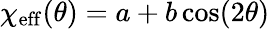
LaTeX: \chi_{\mathrm{eff}}(\theta)=a+b\cos(2\theta)